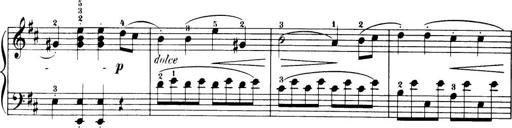
Title: 32 Sonatinas and Rondos for the Piano
Composer: Richard Kleinmichel